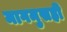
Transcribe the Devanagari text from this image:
मागमुसही